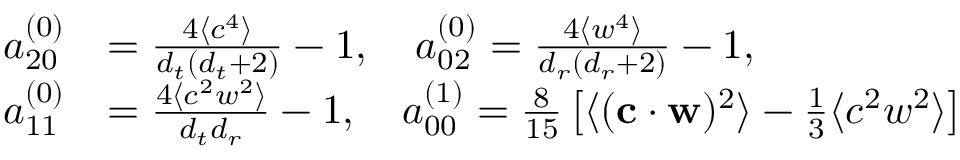
\begin{array} { r l } { { a _ { 2 0 } ^ { ( 0 ) } } } & { = \frac { 4 \langle c ^ { 4 } \rangle } { { d _ { t } } ( { d _ { t } } + 2 ) } - 1 , \quad { a _ { 0 2 } ^ { ( 0 ) } } = \frac { 4 \langle w ^ { 4 } \rangle } { { d _ { r } } ( { d _ { r } } + 2 ) } - 1 , } \\ { { a _ { 1 1 } ^ { ( 0 ) } } } & { = \frac { 4 \langle c ^ { 2 } w ^ { 2 } \rangle } { { d _ { t } } { d _ { r } } } - 1 , \quad { a _ { 0 0 } ^ { ( 1 ) } } = \frac { 8 } { 1 5 } \left[ \langle ( \mathbf { c } \cdot \mathbf { w } ) ^ { 2 } \rangle - \frac { 1 } { 3 } \langle c ^ { 2 } w ^ { 2 } \rangle \right] } \end{array}